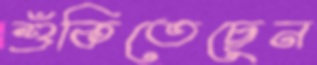
শুঁকিতেছেন